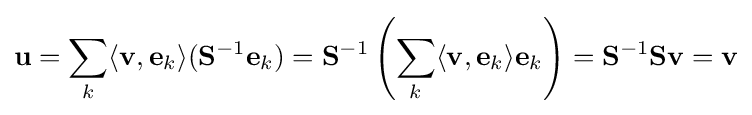
\mathbf {u} =\sum _{k}\langle \mathbf {v} ,\mathbf {e} _{k}\rangle (\mathbf {S} ^{-1}\mathbf {e} _{k})=\mathbf {S} ^{-1}\left(\sum _{k}\langle \mathbf {v} ,\mathbf {e} _{k}\rangle \mathbf {e} _{k}\right)=\mathbf {S} ^{-1}\mathbf {S} \mathbf {v} =\mathbf {v}